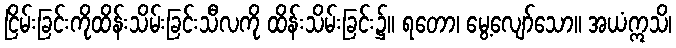
ငြိမ်းခြင်းကိုထိန်းသိမ်းခြင်းသီလကို ထိန်းသိမ်းခြင်း၌။ ရတော၊ မွေ့လျော်သော။ အယံဣသိ၊